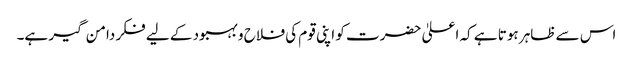
اس سے ظاہر ہوتا ہے کہ اعلیٰ حضرت کو اپنی قوم کی فلاح و بہبود کے لیے فکر دامن گیر ہے۔